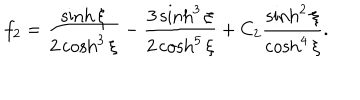
f _ { 2 } = \frac { \sinh \xi } { 2 \cosh ^ { 3 } \xi } - \frac { 3 \sinh ^ { 3 } \xi } { 2 \cosh ^ { 5 } \xi } + C _ { 2 } \frac { \sinh ^ { 2 } \xi } { \cosh ^ { 4 } \xi } .